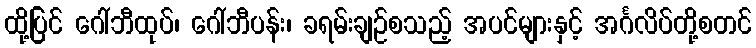
ထို့ပြင် ဂေါ်ဘီထုပ်၊ ဂေါ်ဘီပန်း၊ ခရမ်းချဉ်စသည့် အပင်များနှင့် အင်္ဂလိပ်တို့စတင်